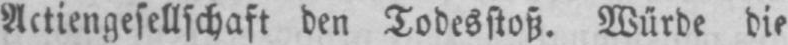
Actiengesellschaft den Todesstoß. Würde die